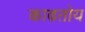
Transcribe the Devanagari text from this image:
काढतोय